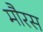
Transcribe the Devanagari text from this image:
मौरस